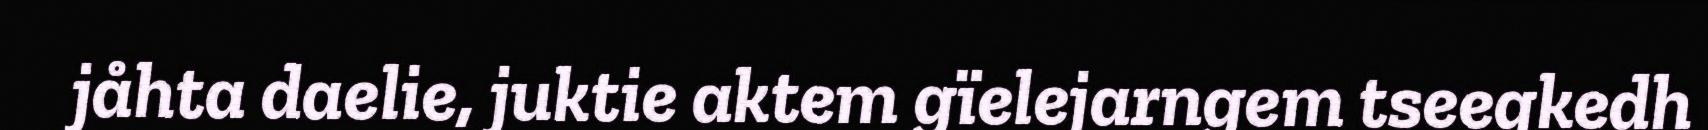
jåhta daelie, juktie aktem gïelejarngem tseegkedh